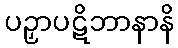
ပဉှာပဋိဘာနာနိ